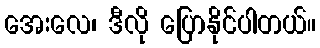
အေးလေ၊ ဒီလို ပြောနိုင်ပါတယ်။